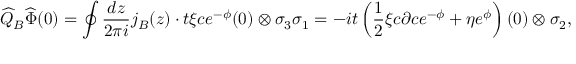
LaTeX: \widehat { Q } _ { B } \widehat { \Phi } ( 0 ) = \oint \frac { d z } { 2 \pi i } j _ { B } ( z ) \cdot t \xi c e ^ { - \phi } ( 0 ) \otimes \sigma _ { 3 } \sigma _ { 1 } = - i t \left( \frac { 1 } { 2 } \xi c \partial c e ^ { - \phi } + \eta e ^ { \phi } \right) ( 0 ) \otimes \sigma _ { 2 } ,